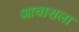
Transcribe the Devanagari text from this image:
आचाराला